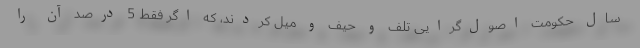
سال حکومت اصول‌گرایی تلف و حیف و میل کردند، که اگر فقط 5 درصد آن را